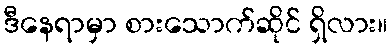
ဒီနေရာမှာ စားသောက်ဆိုင် ရှိလား။